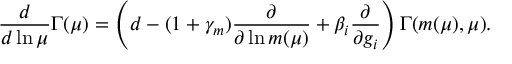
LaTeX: \frac { d } { d \ln \mu } \Gamma ( \mu ) = \left( d - ( 1 + \gamma _ { m } ) \frac { \partial } { \partial \ln m ( \mu ) } + \beta _ { i } \frac { \partial } { \partial g _ { i } } \right) \Gamma ( m ( \mu ) , \mu ) .